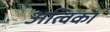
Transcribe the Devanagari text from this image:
अत्विका